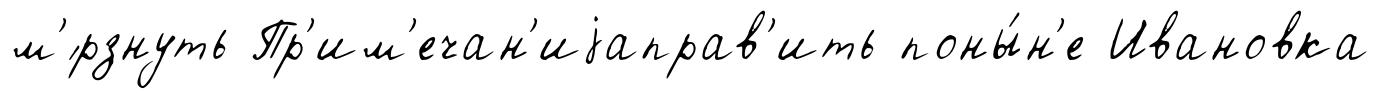
м'́рзнуть Пр'им'ечан'иjаправ'ить поны́н'е Ивановка